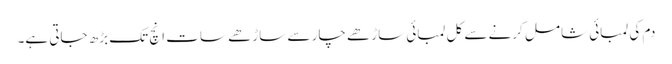
دم کی لمبائی شامل کرنے سے کل لمبائی ساڑھے چار سے ساڑھے سات انچ تک بڑھ جاتی ہے۔